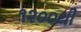
૧૨૦૦થી